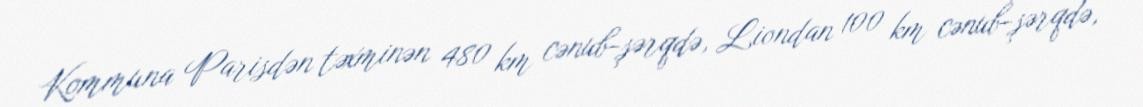
Kommuna Parisdən təxminən 480 km cənub-şərqdə, Liondan 100 km cənub-şərqdə,